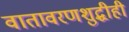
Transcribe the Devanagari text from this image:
वातावरणशुद्धीही